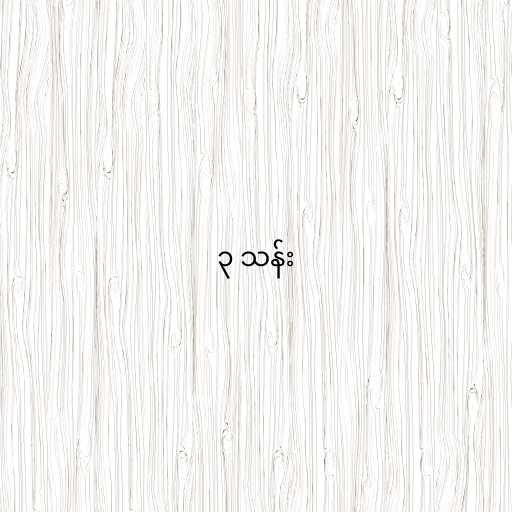
၃ သန်း